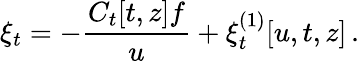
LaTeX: \xi_{t}=-{\frac{C_{t}[t,z]f}{u}}+\xi_{t}^{(1)}[u,t,z]\, .